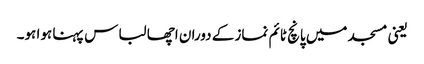
یعنی مسجد میں پانچ ٹائم نماز کے دوران اچھا لباس پہنا ہوا ہو۔